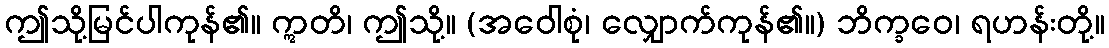
ဤသို့မြင်ပါကုန်၏။ ဣတိ၊ ဤသို့။ (အဝေါစုံ၊ လျှောက်ကုန်၏။) ဘိက္ခဝေ၊ ရဟန်းတို့။